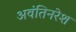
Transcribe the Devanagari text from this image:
अवंतिनरेश